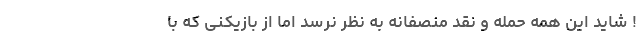
! شاید این همه حمله و نقد منصفانه به نظر نرسد اما از بازیکنی که با